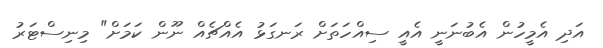
އަދި އެމީހުން އެބުނަނީ އެއީ ސިއްހަތަށް ރަނގަޅު އެއްޗެއް ނޫން ކަމަށް" މިނިސްޓަރު